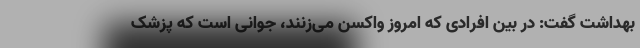
بهداشت گفت: در بین افرادی که امروز واکسن می‌زنند، جوانی است که پزشک